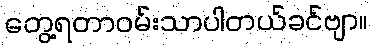
တွေ့ရတာဝမ်းသာပါတယ်ခင်ဗျာ။